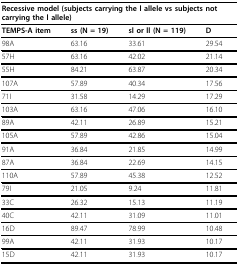
| <COLSPAN=4> Recessive model (subjects carrying the l allele vs subjects not carrying the l allele) |
 | --- | --- | --- | --- |
 | TEMPS-A item | ss (N = 19) | sl or ll (N = 119) | D |
 | 98A | 63.16 | 33.61 | 29.54 |
 | 57H | 63.16 | 42.02 | 21.14 |
 | 55H | 84.21 | 63.87 | 20.34 |
 | 107A | 57.89 | 40.34 | 17.56 |
 | 71I | 31.58 | 14.29 | 17.29 |
 | 103A | 63.16 | 47.06 | 16.10 |
 | 89A | 42.11 | 26.89 | 15.21 |
 | 105A | 57.89 | 42.86 | 15.04 |
 | 91A | 36.84 | 21.85 | 14.99 |
 | 87A | 36.84 | 22.69 | 14.15 |
 | 110A | 57.89 | 45.38 | 12.52 |
 | 79I | 21.05 | 9.24 | 11.81 |
 | 33C | 26.32 | 15.13 | 11.19 |
 | 40C | 42.11 | 31.09 | 11.01 |
 | 16D | 89.47 | 78.99 | 10.48 |
 | 99A | 42.11 | 31.93 | 10.17 |
 | 15D | 42.11 | 31.93 | 10.17 |